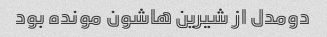
دو‌مدل از شیرین هاشون مونده بود